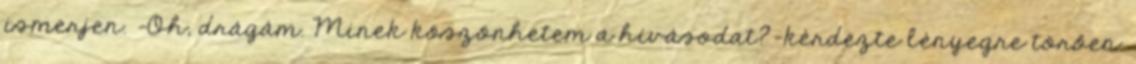
ismerjen. -Oh, drágám. Minek köszönhetem a hívásodat?-kérdezte lényegre törően.